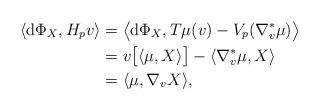
LaTeX: \begin{align*} \langle \mathrm{d} \Phi _X , H _p v \rangle &= \bigl\langle \mathrm{d} \Phi _X , T \mu (v) - V _p ( \nabla ^\ast _v \mu ) \bigr\rangle \\ &= v \bigl[ \langle \mu, X \rangle \bigr] - \langle \nabla _v ^\ast \mu, X \rangle \\ &= \langle \mu, \nabla _v X \rangle , \end{align*}